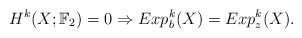
\begin{align*}H^k(X;\mathbb{F}_2) = 0 \Rightarrow Exp_b^k(X) = Exp_z^k(X).\end{align*}